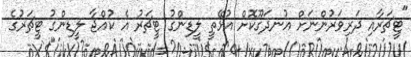
"ޓީޗަރާއި ދަރިވަރުންނަށް އުނދަގޫކޮށް އުޅޭތީ ލީޑިންގު ޓީޗަރު އެ ކުއްޖާ ލީޑިންގު ޓީޗަރުގެ